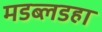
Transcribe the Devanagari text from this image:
मडब्लडहा